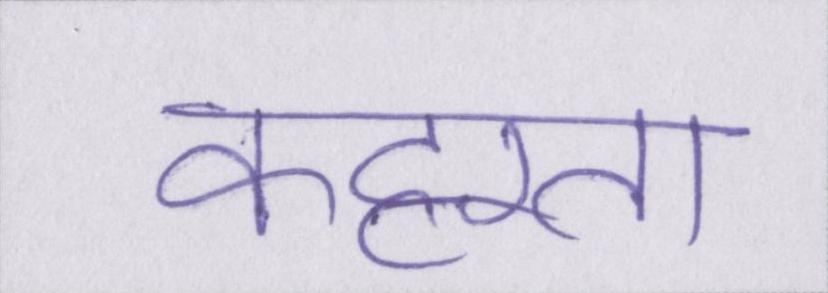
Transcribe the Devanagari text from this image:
कट्टरता